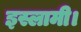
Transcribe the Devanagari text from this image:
इस्लामी।